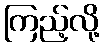
ကြည့်လို့